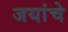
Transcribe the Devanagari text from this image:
जयांचे